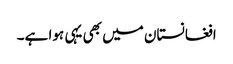
افغانستان میں بھی یہی ہوا ہے۔